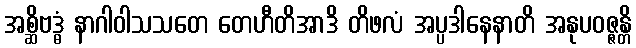
အစ္ဆိဗဒ္ဓံ နာဂါဝါသသတေ တေဟီတိအာဒိ တိဖလံ အပ္ပဒါနေနာတိ အနုပဝဇ္ဇန္တိ